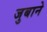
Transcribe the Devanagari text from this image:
जुबाने